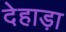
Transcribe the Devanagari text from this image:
देहाड़ा